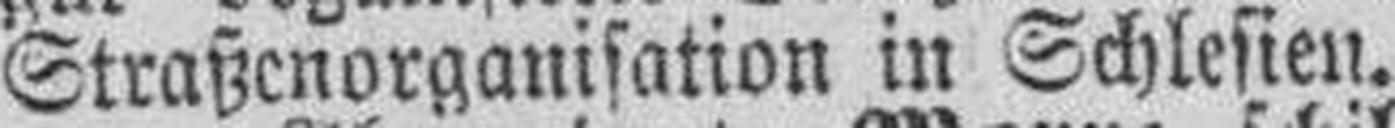
Straßenorganisation in Schlesien.